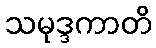
သမုဒ္ဒကာတိ